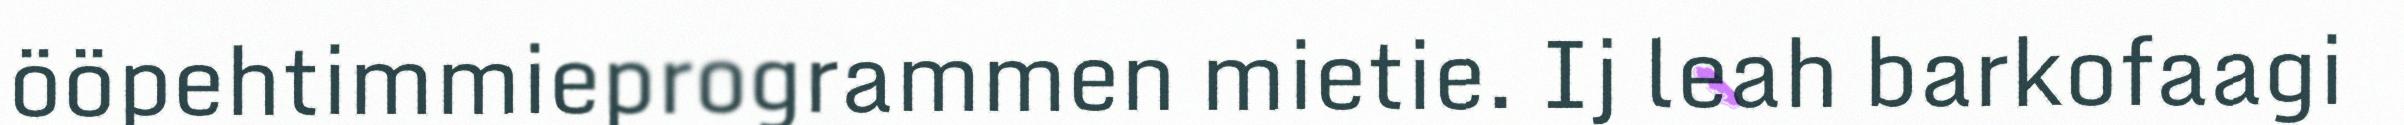
ööpehtimmieprogrammen mietie. Ij leah barkofaagi